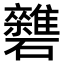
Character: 𥗱